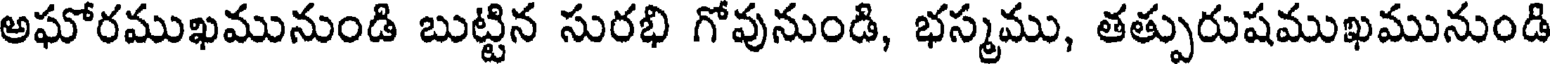
అఘోరముఖమునుండి బుట్టిన సురభి గోవునుండి, భస్మము, తత్పురుషముఖమునుండి